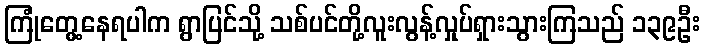
ကြုံတွေ့နေရပါက ရွာပြင်သို့ သစ်ပင်တို့လူးလွန့်လှုပ်ရှားသွားကြသည် ၁၃၉ဦး